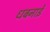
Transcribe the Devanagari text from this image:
धबनाईे